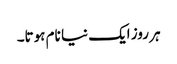
ہر روز ایک نیا نام ہوتا۔